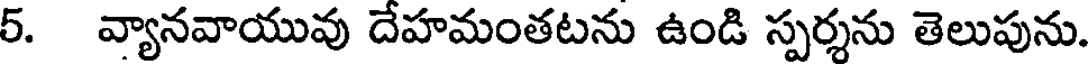
5. వ్యానవాయువు దేహమంతటను ఉండి స్పర్శను తెలుపును.